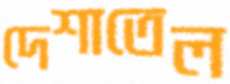
দেশাতেল